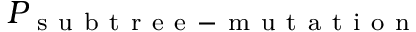
P _ { \mathrm { ~ s ~ u ~ b ~ t ~ r ~ e ~ e ~ - ~ m ~ u ~ t ~ a ~ t ~ i ~ o ~ n ~ } }